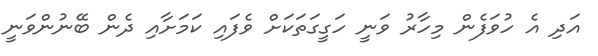
އަދި އެ ހުވަފެން މިހާރު ވަނީ ހަގީގަތަކަށް ވެފައި ކަމަށާއި ދެން ބޭނުންވަނީ